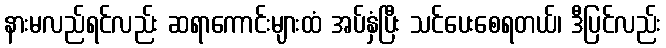
နားမလည်ရင်လည်း ဆရာကောင်းများထံ အပ်နှံပြီး သင်ပေးစေရတယ်၊ ဒီပြင်လည်း